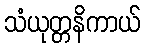
သံယုတ္တနိကာယ်